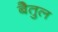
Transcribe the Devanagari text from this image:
बेैतुल